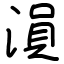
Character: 溳